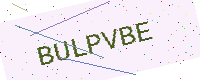
Text: BULPVBE